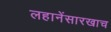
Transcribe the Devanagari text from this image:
लहानेंसारखाच